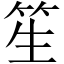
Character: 笙